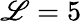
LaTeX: \mathscr{L}=5